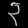
Digit: ၃